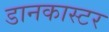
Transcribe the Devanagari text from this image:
डानकास्टर